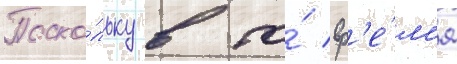
Поско́льку в то́ вр'е́м'я